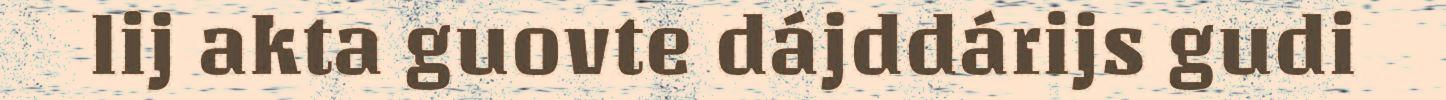
lij akta guovte dájddárijs gudi